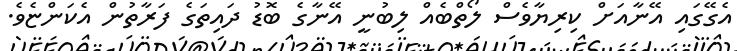
އެގޭގައި އޭނާއަށް ކިރިޔާވެސް ލޯތްބެއް ލިބުނީ އޭނާގެ ބޮޑު ދައިތަގެ ފަރާތުން އެކަންޏެވެ.